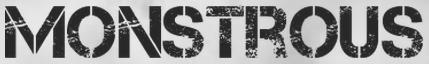
MONSTROUS